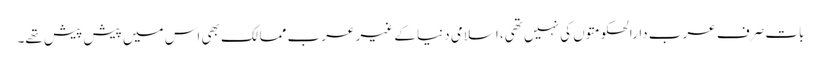
بات صرف عرب دارالحکومتوں کی نہیں تھی، اسلامی دنیا کے غیر عرب ممالک بھی اس میں پیش پیش تھے۔